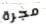
مجرة